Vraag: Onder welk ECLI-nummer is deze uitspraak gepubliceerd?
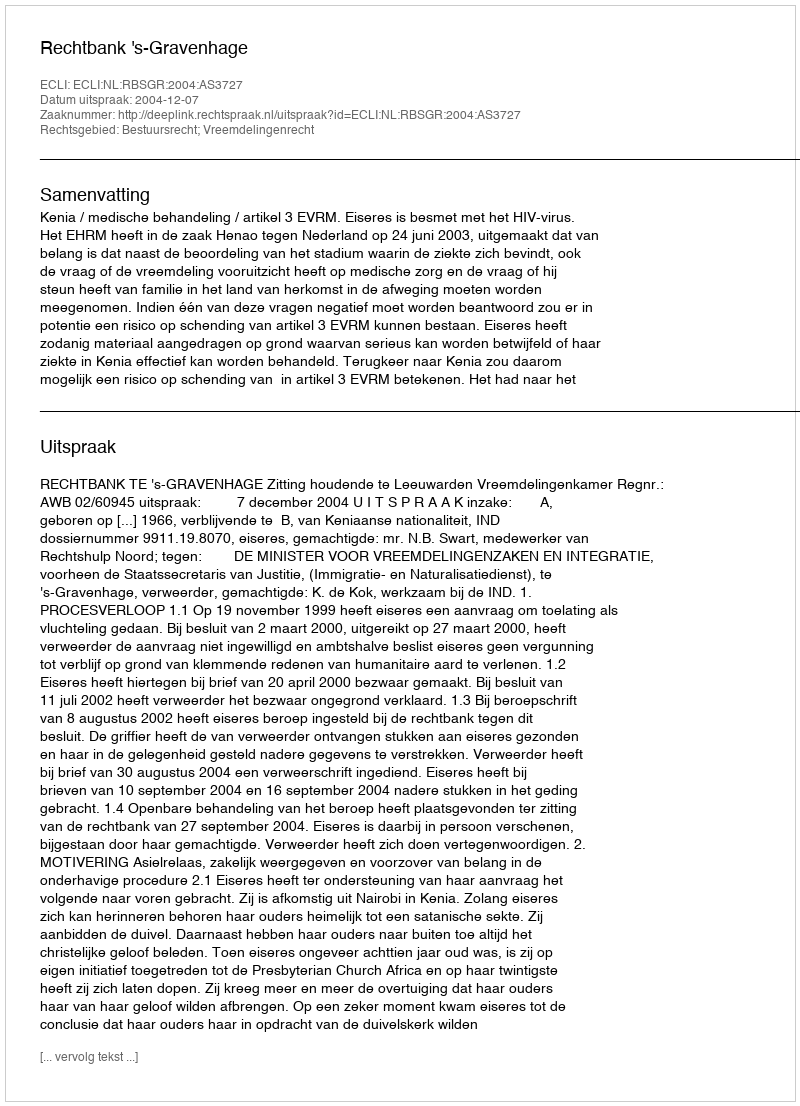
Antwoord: ECLI:NL:RBSGR:2004:AS3727